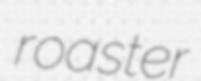
roaster